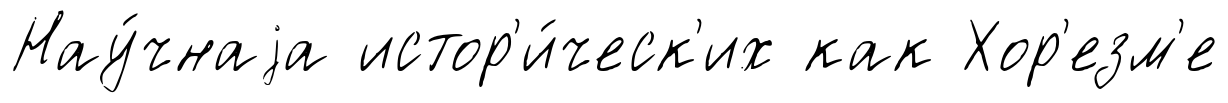
Нау́чнаjа истор'и́ческ'их как Хор'езм'е